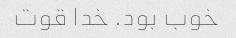
خوب بود. خدا قوت